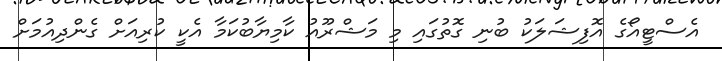
އެސްޓީއޯގެ އޮފިޝަލަކު ބުނި ގޮތުގައި މި މަޝްރޫއު ކާމިޔާބުކަމާ އެކީ ކުރިއަށް ގެންދިއުމަށް